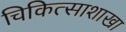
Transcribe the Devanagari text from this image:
चिकित्साशाखा